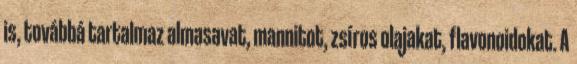
is, továbbá tartalmaz almasavat, mannitot, zsíros olajakat, flavonoidokat. A